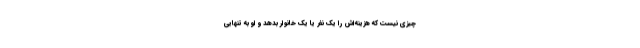
چیزی نیست که هزینه‌اش را یک نفر یا یک خانوار بدهد و او به تنهایی